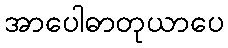
အာပေါဓာတုယာပေ